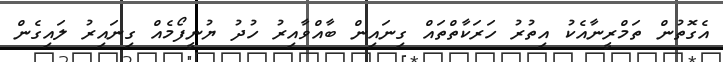
އެގޮތުން ތަމްރީނާއެކު އިތުރު ހަރަކާތްތައް ގިނައިން ބާއްވާއިރު ހުދު ޔުނީފޯމެއް ގިނައިރު ލައިގެން